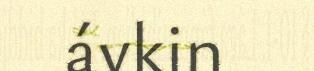
ávkin